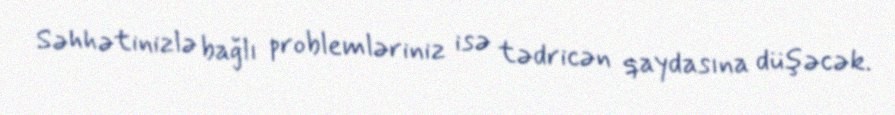
Səhhətinizlə bağlı problemləriniz isə tədricən qaydasına düşəcək.